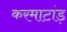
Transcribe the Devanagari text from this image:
करमाटांड़